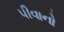
પીવાનો